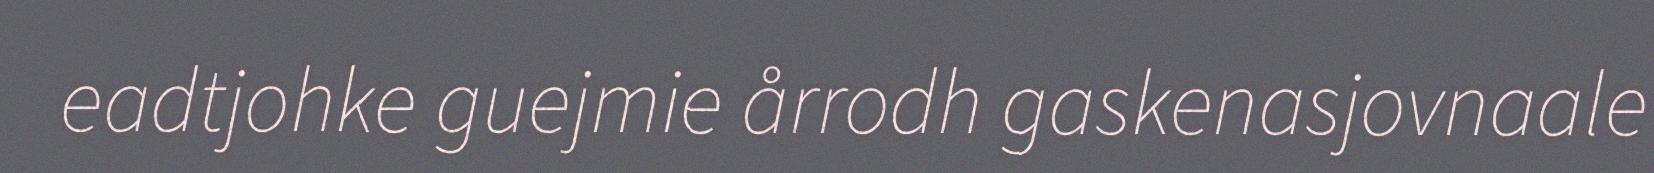
eadtjohke guejmie årrodh gaskenasjovnaale